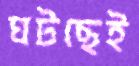
ঘটছেই